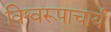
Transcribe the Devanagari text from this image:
विश्वरूपाचार्य